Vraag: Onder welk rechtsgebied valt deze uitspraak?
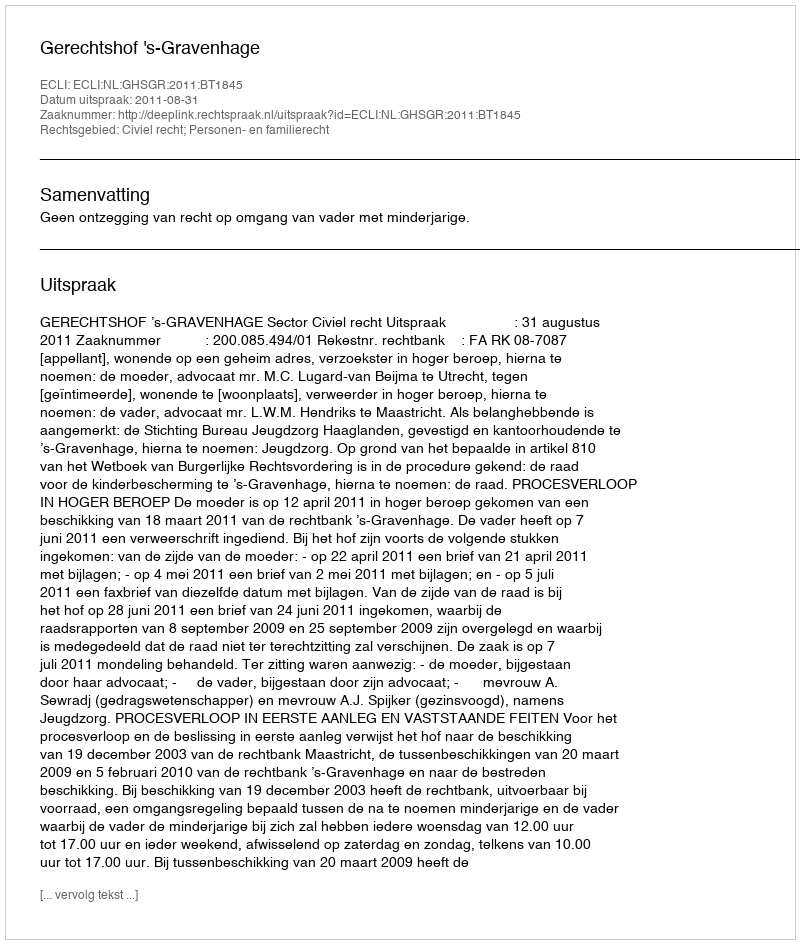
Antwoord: Civiel recht; Personen- en familierecht